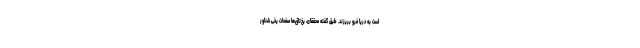
است به دریا فرو بریزند. طبق گفته محققان، یخ‌تاق‌ها صفحات یخی شناور